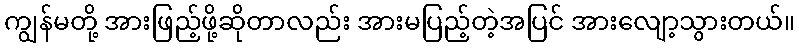
ကျွန်မတို့ အားဖြည့်ဖို့ဆိုတာလည်း အားမပြည့်တဲ့အပြင် အားလျော့သွားတယ်။